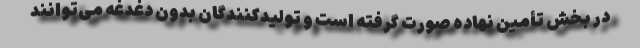
در بخش تأمین نهاده صورت گرفته است و تولیدکنندگان بدون دغدغه می‌توانند